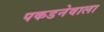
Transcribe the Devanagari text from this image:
पकडनेवाला